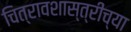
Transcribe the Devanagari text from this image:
चित्रावशास्त्रींच्या